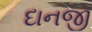
દાનજી